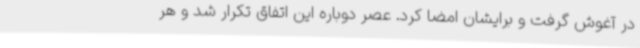
در آغوش گرفت و برایشان امضا کرد. عصر دوباره این اتفاق تکرار شد و هر